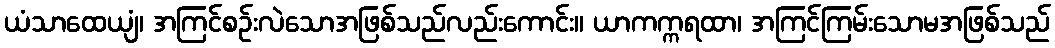
ယံသာထေယျံ၊ အကြင်စဉ်းလဲသောအဖြစ်သည်လည်းကောင်း။ ယာကက္ကရထာ၊ အကြင်ကြမ်းသောမအဖြစ်သည်